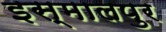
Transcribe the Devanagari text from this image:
इस्मालपुर